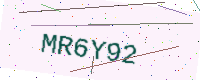
Text: MR6Y92